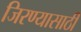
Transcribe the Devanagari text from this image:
जिरण्यासाठी